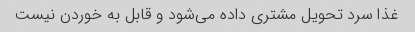
غذا سرد تحویل مشتری داده می‌شود و قابل به خوردن نیست